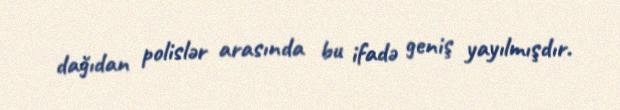
dağıdan polislər arasında bu ifadə geniş yayılmışdır.